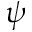
\psi